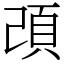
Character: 䪱